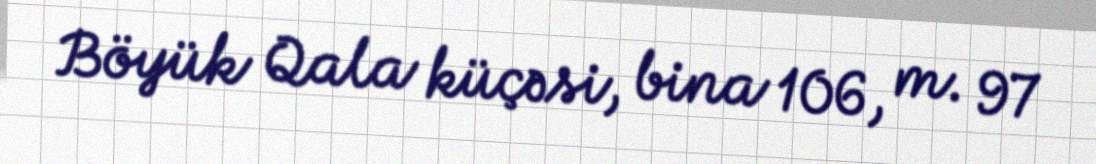
Böyük Qala küçəsi, bina 106, m. 97